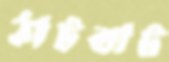
ঠাটবাট